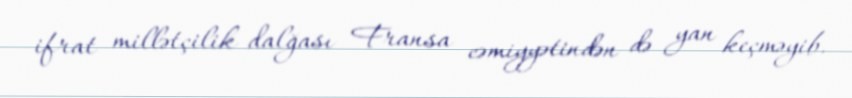
ifrat millətçilik dalğası Fransa cəmiyyətindən də yan keçməyib.